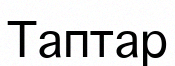
Таптар